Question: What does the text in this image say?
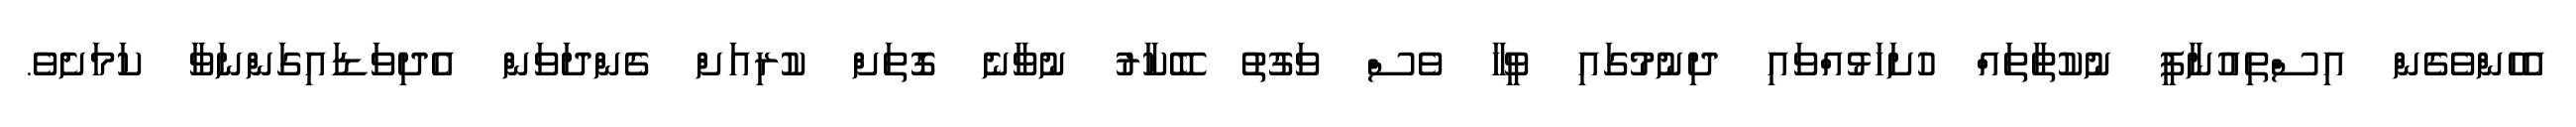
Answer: އެހެންވެގެން އިސްތިއުނާފީ ނުކުތާތައް ހުށަހަޅުއްވައި ދިނުމުގައި ވީހާ ވެސް ވަގުތު ބޭކާރު ނުވާނެ ގޮތަށް ކުރިއަށް ގެންދަވަން އެދިވަޑައިގަންނަވާ ކަމަށެވެ.